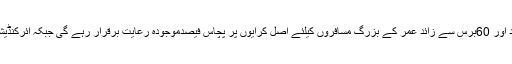
اس کے علاوہ دینی مدارس اور تعلیمی اداروں کے طلباء،نابینا و معذور خصوصی افراد اور 60برس سے زائد عمر کے بزرگ مسافروں کیلئے اصل کرایوں پر پچاس فیصدموجودہ رعایت برقرار رہے گی جبکہ ائرکنڈیشنز کام نہ کرنے کی صورت میں ڈیلکس سٹیج کیرج بس کا کرایہ وصول کیا جائے گا۔